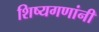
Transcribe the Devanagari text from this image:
शिष्यगणांनी